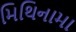
મિથિનામા